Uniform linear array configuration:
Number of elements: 64
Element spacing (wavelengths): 1
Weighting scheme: kaiser
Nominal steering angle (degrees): -45
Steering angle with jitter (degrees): -44.492
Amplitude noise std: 0.05
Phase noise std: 0.05

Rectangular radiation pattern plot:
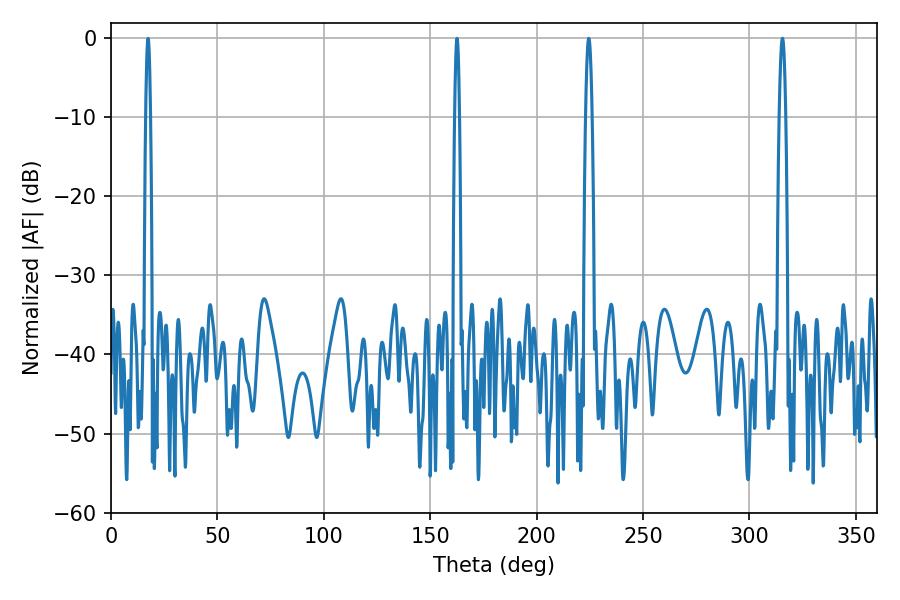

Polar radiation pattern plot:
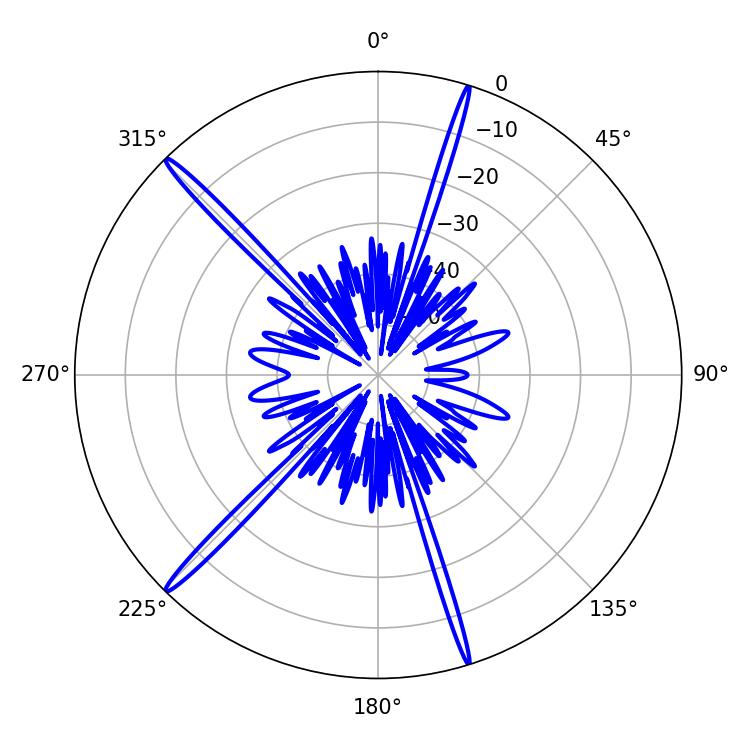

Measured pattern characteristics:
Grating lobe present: TRUE
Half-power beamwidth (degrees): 1.62
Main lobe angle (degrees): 224.46